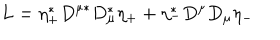
L = \eta _ { + } ^ { * } D ^ { \mu * } D _ { \mu } ^ { * } \eta _ { + } + \eta _ { - } ^ { * } D ^ { \mu } D _ { \mu } \eta _ { - }